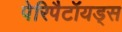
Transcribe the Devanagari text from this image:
पेरिपैटॉयड्स